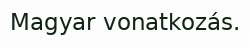
Magyar vonatkozás.